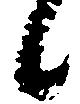
候